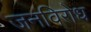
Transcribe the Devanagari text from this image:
जनविरोध